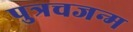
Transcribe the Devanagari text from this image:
पुत्रचजन्म